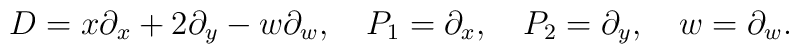
D = x\partial_x + 2 \partial_y - w\partial_w, \quad P_1 = \partial_x,\quad P_2 = \partial_y, \quad w = \partial_w.